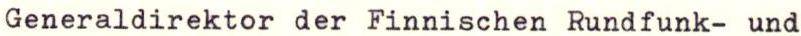
Generaldirektor der Finnischen Rundfunk- und